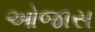
ઓજાસ